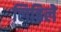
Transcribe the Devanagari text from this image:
लिहिलेे